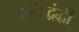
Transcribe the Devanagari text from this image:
प्रतिद्धंद्धी